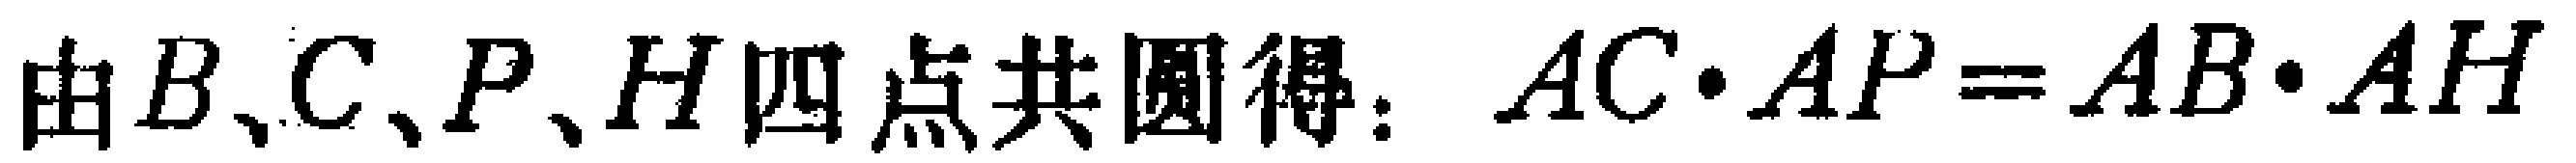
由\(B、C、P、H\)四点共圆得：\(AC\cdot AP = AB\cdot AH\)